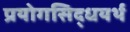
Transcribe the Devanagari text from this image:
प्रयोगसिद्धयर्थ